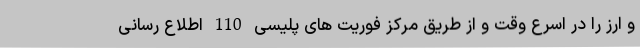
و ارز را در اسرع وقت و از طریق مرکز فوریت های پلیسی 110 اطلاع رسانی